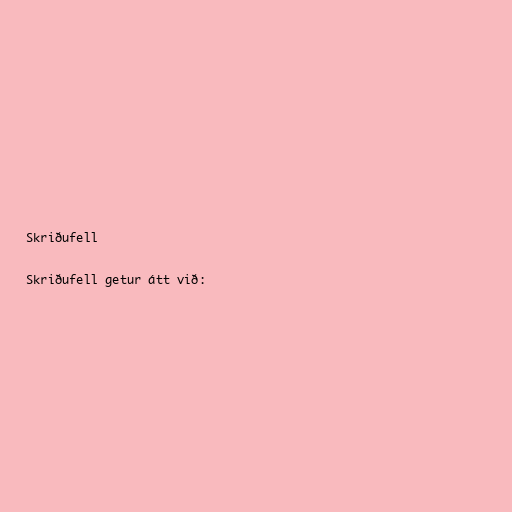
Skriðufell

Skriðufell getur átt við: